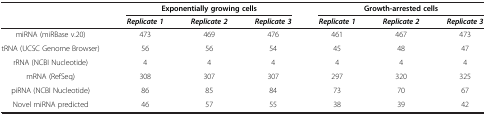
<table><thead><tr><td><b> </b></td><td colspan="3"><b>Exponentially growing cells</b></td><td colspan="3"><b>Growth-arrested cells</b></td></tr><tr><td><b> </b></td><td><b><i>Replicate 1</i></b></td><td><b><i>Replicate 2</i></b></td><td><b><i>Replicate 3</i></b></td><td><b><i>Replicate 1</i></b></td><td><b><i>Replicate 2</i></b></td><td><b><i>Replicate 3</i></b></td></tr></thead><tbody><tr><td>miRNA (miRBase v.20)</td><td>473</td><td>469</td><td>476</td><td>461</td><td>467</td><td>473</td></tr><tr><td>tRNA (UCSC Genome Browser)</td><td>56</td><td>56</td><td>54</td><td>45</td><td>48</td><td>47</td></tr><tr><td>rRNA (NCBI Nucleotide)</td><td>4</td><td>4</td><td>4</td><td>4</td><td>4</td><td>4</td></tr><tr><td>mRNA (RefSeq)</td><td>308</td><td>307</td><td>307</td><td>297</td><td>320</td><td>325</td></tr><tr><td>piRNA (NCBI Nucleotide)</td><td>86</td><td>85</td><td>84</td><td>73</td><td>70</td><td>67</td></tr><tr><td>Novel miRNA predicted</td><td>46</td><td>57</td><td>55</td><td>38</td><td>39</td><td>42</td></tr></tbody></table>